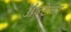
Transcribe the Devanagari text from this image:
ॲन्टेना